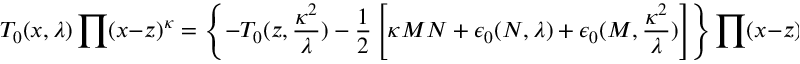
T _ { 0 } ( x , \lambda ) \prod ( x - z ) ^ { \kappa } = \left\{ - T _ { 0 } ( z , \frac { \kappa ^ { 2 } } { \lambda } ) - \frac { 1 } { 2 } \left[ \kappa M N + \epsilon _ { 0 } ( N , \lambda ) + \epsilon _ { 0 } ( M , \frac { \kappa ^ { 2 } } { \lambda } ) \right] \right\} \prod ( x - z ) ^ { \kappa } ,